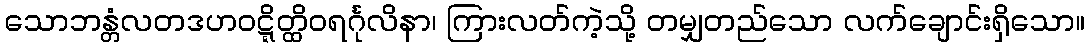
သောဘန္တံလတဒဟဝဋ္ဋိတ္ထိဝရင်္ဂုလိနာ၊ ကြားလတ်ကဲ့သို့ တမျှတည်သော လက်ချောင်းရှိသော။